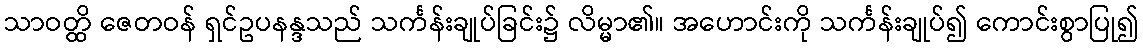
သာဝတ္ထိ ဇေတဝန် ရှင်ဥပနန္ဒသည် သင်္ကန်းချုပ်ခြင်း၌ လိမ္မာ၏။ အဟောင်းကို သင်္ကန်းချုပ်၍ ကောင်းစွာပြု၍